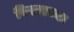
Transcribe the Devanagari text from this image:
विरारच्या